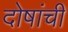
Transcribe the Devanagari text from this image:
दोषांची